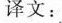
译文：